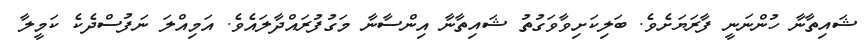
ޝައިތާނާ ހުންނަނީ ފާރަޔަށެވެ. ބަލިކަށިވާވަގުތު ޝައިތާނާ އިންސާނާ މަގުފުރައްދާލައެވެ. އަމިއްލަ ނަފުސްދެކެ ކަމީލާ